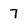
Character: 7